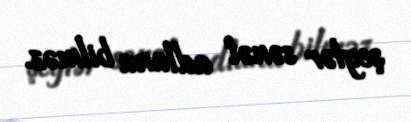
şeylər sənət adlana bilməz.